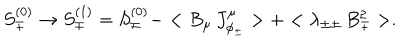
LaTeX: S _ { \mp } ^ { ( 0 ) } \rightarrow S _ { \mp } ^ { ( 1 ) } = S _ { \mp } ^ { ( 0 ) } - < B _ { \mu } \, J _ { \phi _ { \pm } } ^ { \mu } > + < \lambda _ { \pm \pm } \, B _ { \mp } ^ { 2 } > .